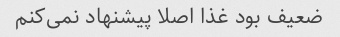
ضعیف بود غذا اصلا پیشنهاد نمی‌کنم